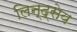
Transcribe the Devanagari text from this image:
लिन्द्सेय